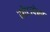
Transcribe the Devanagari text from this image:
मोटापेका